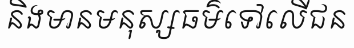
និងមានមនុស្សធម៌ទៅលើជន